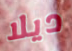
ديلا